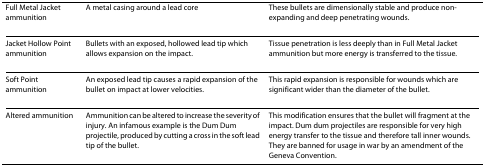
<table><thead><tr><td><b>Full Metal Jacket ammunition</b></td><td><b>A metal casing around a lead core</b></td><td><b>These bullets are dimensionally stable and produce non-expanding and deep penetrating wounds.</b></td></tr></thead><tbody><tr><td>Jacket Hollow Point ammunition</td><td>Bullets with an exposed, hollowed lead tip which allows expansion on the impact.</td><td>Tissue penetration is less deeply than in Full Metal Jacket ammunition but more energy is transferred to the tissue.</td></tr><tr><td>Soft Point ammunition</td><td>An exposed lead tip causes a rapid expansion of the bullet on impact at lower velocities.</td><td>This rapid expansion is responsible for wounds which are significant wider than the diameter of the bullet.</td></tr><tr><td>Altered ammunition</td><td>Ammunition can be altered to increase the severity of injury. An infamous example is the Dum Dum projectile, produced by cutting a cross in the soft lead tip of the bullet.</td><td>This modification ensures that the bullet will fragment at the impact. Dum dum projectiles are responsible for very high energy transfer to the tissue and therefore tall inner wounds. They are banned for usage in war by an amendment of the Geneva Convention.</td></tr></tbody></table>